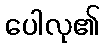
ပေါလု၏